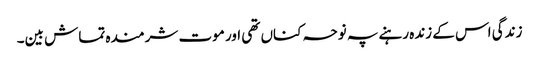
زندگی اس کے زندہ رہنے پہ نوحہ کناں تھی اور موت شرمندہ تماش بین۔